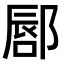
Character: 𫑥